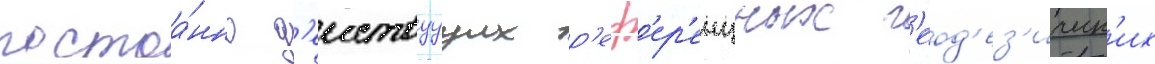
постоа́нно д'еиствуущих р'еф'ер'енцных г'еод'ез'ическ'их